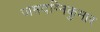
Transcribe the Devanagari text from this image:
जमदग्निकुमार